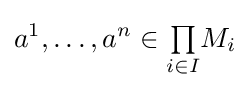
a^{1},\ldots ,a^{n}\in {\textstyle \prod \limits _{i\in I}}M_{i}